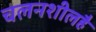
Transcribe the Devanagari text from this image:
चलनशीलहै